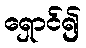
ရှောင်၍